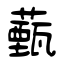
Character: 薽